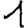
Digit: 1